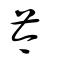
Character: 芩